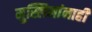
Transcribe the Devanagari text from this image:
मुस्लिमांनाही